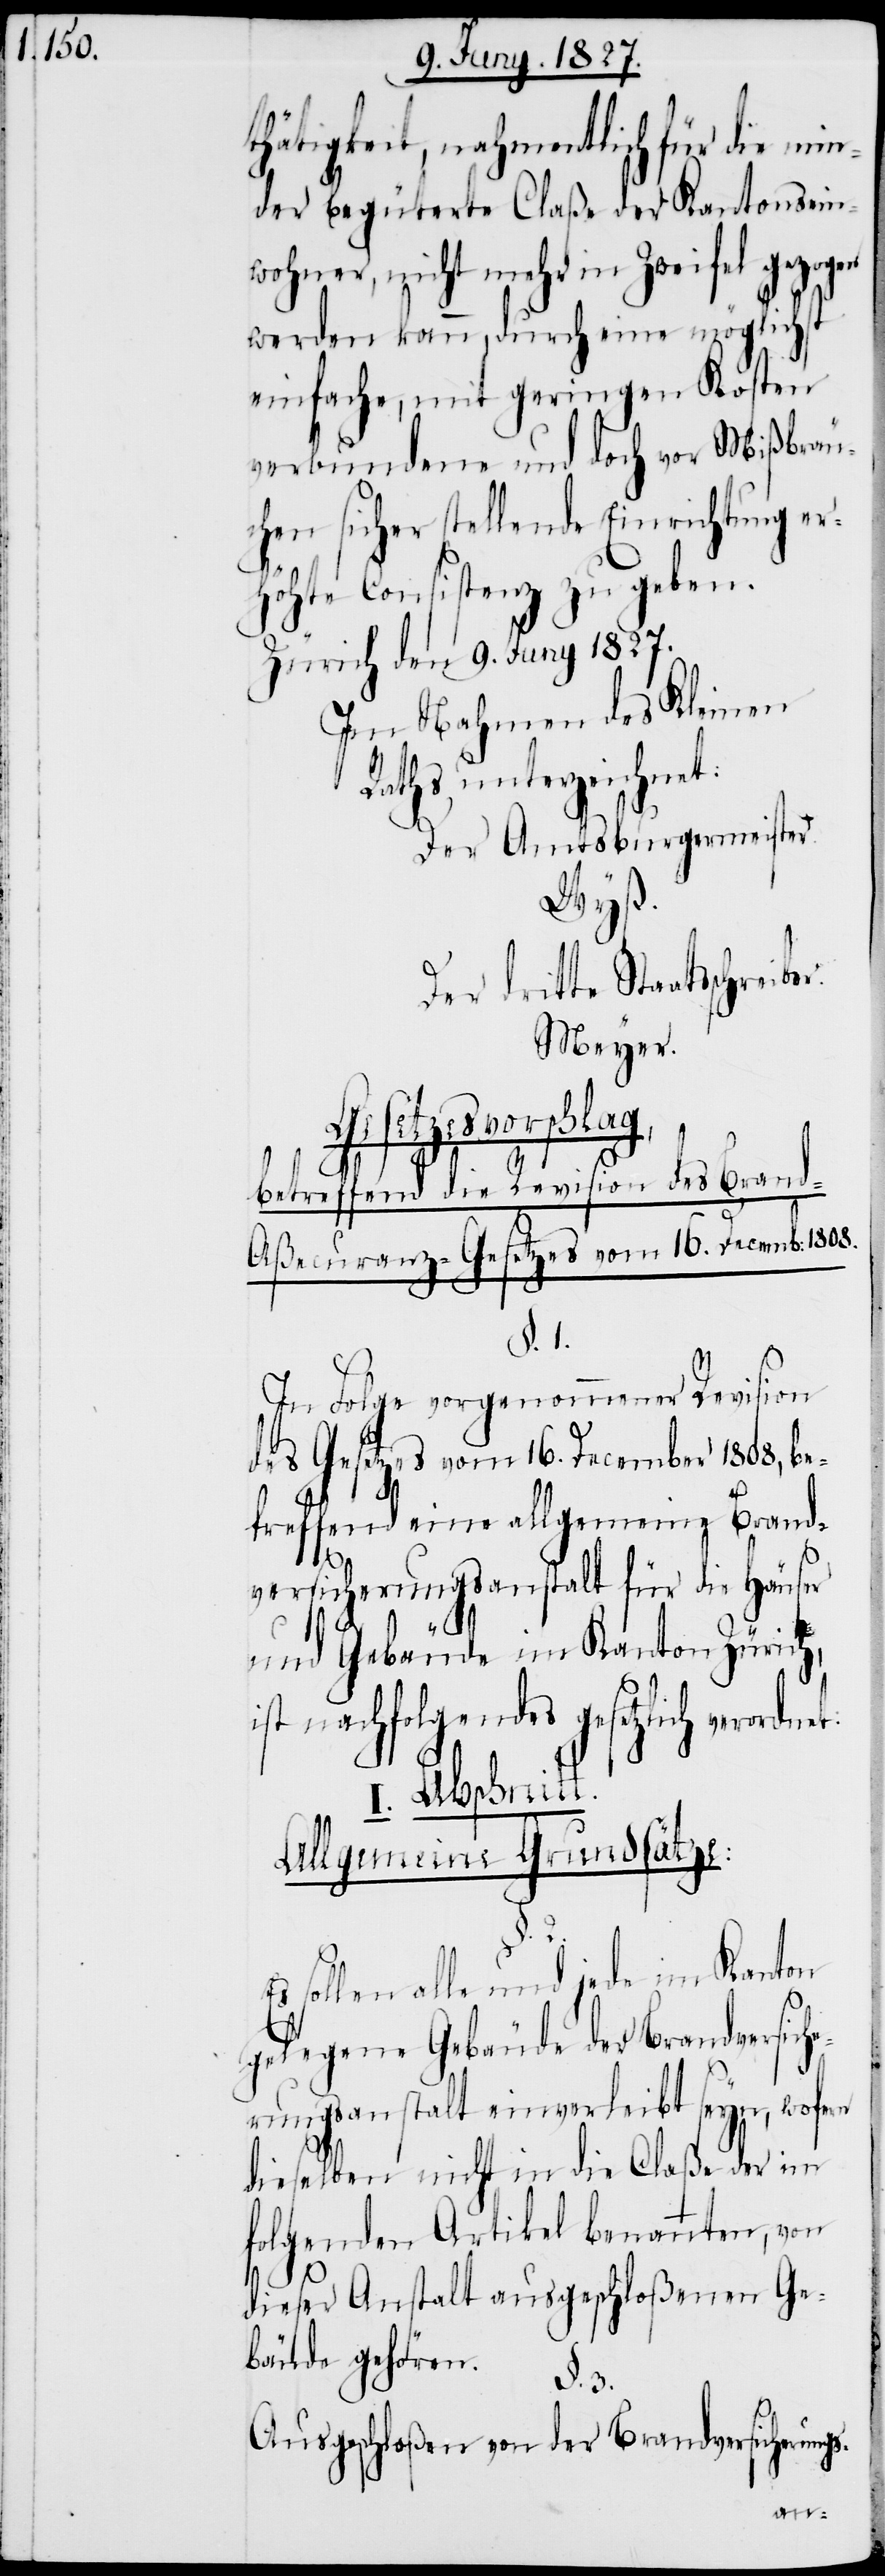
thätigkeit, nahmentlich für die min¬
der begüterte Claße der Kantonsein¬
wohner, nicht mehr in Zweifel gezogen
werden kann, durch eine möglichst
einfache, mit geringen Kosten
verbundene und doch vor Mißbräu¬
chen sicher stellende Einrichtung er¬
höhte Consistenz zu geben.
Zürich den 9. Juny 1827.
Im Nahmen des Kleinen
Rathes unterzeichnet:
Der Amtsburgermeister.
Wyß.
Der dritte Staatsschreibe¬
Meyer.
Gesetzesvorschlag,
rn
betreffend die Revision des Bran¬
d-Aßecuranz-Gesetzes vom 16. Decemb: 1808.
§. 1.
ch,
In Folge vorgenommener Revision
des Gesetzes vom 16. December 1808, be¬
treffend eine allgemeine Brand¬
versicherungsanstalt für die Häuser
und Gebäude im Kanton Züri¬
ist nachfolgendes gesetzlich verordn¬
Abschnitt.
I.
Allgemeine Grundsätze:
Es sollen alle und jede im Kanton
gelegene Gebäude der Brandversich¬
erungsanstalt einverleibt seyn, wofe¬
dieselben nicht in die Claße der im
folgenden Artikel benannten, von
dieser Anstalt ausgeschloßenen Ge¬
bäude gehören.
§. 3.
Ausgeschloßen von der Brandversicherungs-